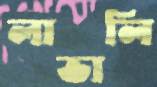
লাভালি